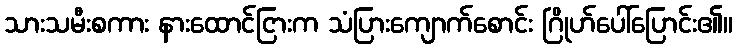
သားသမီးစကား နားထောင်ငြားက သံပြားကျောက်စောင်း ဂြိုဟ်ပေါ်ပြောင်း၏။